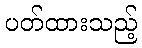
ပတ်ထားသည့်